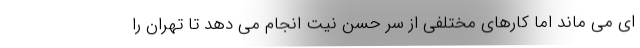
ای می ماند اما کارهای مختلفی از سر حسن نیت انجام می دهد تا تهران را